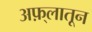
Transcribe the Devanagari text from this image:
अफ़्लातून